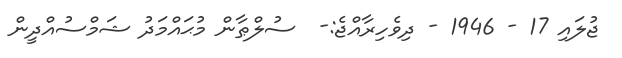
ޖުލައި 17 - 1946 - ދިވެހިރާއްޖެ:-  ސުލްޠާން މުޙައްމަދު ޝަމްސުއްދީން